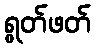
ရွတ်ဖတ်